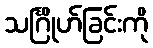
သင်္ဂြိုဟ်ခြင်းကို